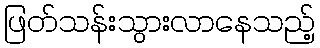
ဖြတ်သန်းသွားလာနေသည့်